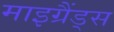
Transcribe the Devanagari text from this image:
माइग्रैंड्स